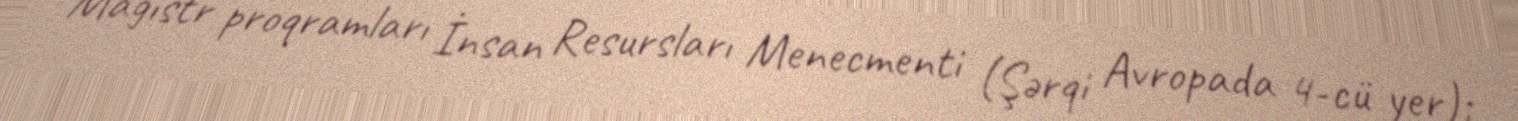
Magistr proqramları İnsan Resursları Menecmenti (Şərqi Avropada 4-cü yer);